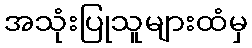
အသုံးပြုသူများထံမှ